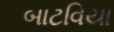
બાટવિયા